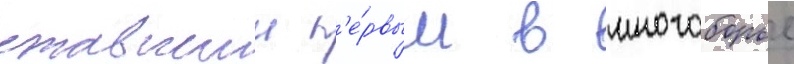
ставшии п'е́рвым в многоборье